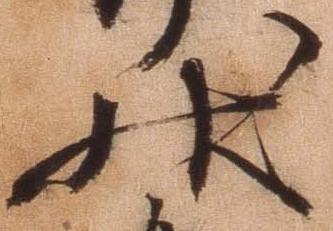
状